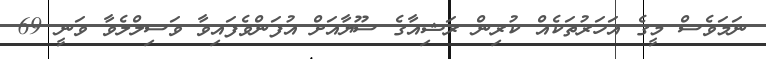
ނަމަވެސް މީގެ އަހަރުތަކެއް ކުރިން ރަޝިއާގެ ސޫޔާއަށް އުފަންވެފައިވާ ވަސިލްލެވާ ވަނީ 69